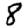
Digit: 8